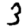
Digit: 3